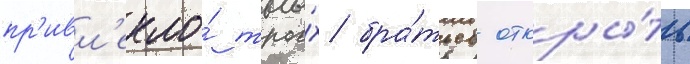
пр'ивл'екло́ трои́х бра́тьев откры́ть